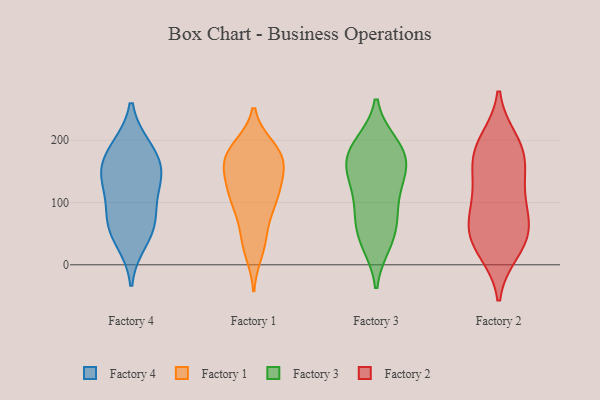
{"axis": {"x": "Market Share (%)", "y": "Value"}, "legend": ["Factory 1", "Factory 2", "Factory 3", "Factory 4"], "data": [{"x": "", "y": 38, "type": "Factory 4"}, {"x": "", "y": 128, "type": "Factory 4"}, {"x": "", "y": 137, "type": "Factory 4"}, {"x": "", "y": 187, "type": "Factory 4"}, {"x": "", "y": 82, "type": "Factory 4"}, {"x": "", "y": 150, "type": "Factory 4"}, {"x": "", "y": 72, "type": "Factory 4"}, {"x": "", "y": 154, "type": "Factory 4"}, {"x": "", "y": 59, "type": "Factory 4"}, {"x": "", "y": 188, "type": "Factory 4"}, {"x": "", "y": 145, "type": "Factory 1"}, {"x": "", "y": 184, "type": "Factory 1"}, {"x": "", "y": 153, "type": "Factory 1"}, {"x": "", "y": 21, "type": "Factory 1"}, {"x": "", "y": 188, "type": "Factory 1"}, {"x": "", "y": 93, "type": "Factory 1"}, {"x": "", "y": 107, "type": "Factory 1"}, {"x": "", "y": 179, "type": "Factory 1"}, {"x": "", "y": 118, "type": "Factory 1"}, {"x": "", "y": 111, "type": "Factory 1"}, {"x": "", "y": 183, "type": "Factory 1"}, {"x": "", "y": 168, "type": "Factory 1"}, {"x": "", "y": 168, "type": "Factory 1"}, {"x": "", "y": 155, "type": "Factory 1"}, {"x": "", "y": 116, "type": "Factory 1"}, {"x": "", "y": 81, "type": "Factory 1"}, {"x": "", "y": 39, "type": "Factory 1"}, {"x": "", "y": 40, "type": "Factory 1"}, {"x": "", "y": 157, "type": "Factory 3"}, {"x": "", "y": 35, "type": "Factory 3"}, {"x": "", "y": 186, "type": "Factory 3"}, {"x": "", "y": 39, "type": "Factory 3"}, {"x": "", "y": 193, "type": "Factory 3"}, {"x": "", "y": 78, "type": "Factory 3"}, {"x": "", "y": 148, "type": "Factory 3"}, {"x": "", "y": 62, "type": "Factory 3"}, {"x": "", "y": 122, "type": "Factory 3"}, {"x": "", "y": 93, "type": "Factory 3"}, {"x": "", "y": 143, "type": "Factory 3"}, {"x": "", "y": 186, "type": "Factory 3"}, {"x": "", "y": 174, "type": "Factory 3"}, {"x": "", "y": 155, "type": "Factory 2"}, {"x": "", "y": 57, "type": "Factory 2"}, {"x": "", "y": 186, "type": "Factory 2"}, {"x": "", "y": 107, "type": "Factory 2"}, {"x": "", "y": 185, "type": "Factory 2"}, {"x": "", "y": 38, "type": "Factory 2"}, {"x": "", "y": 35, "type": "Factory 2"}, {"x": "", "y": 115, "type": "Factory 2"}, {"x": "", "y": 160, "type": "Factory 2"}, {"x": "", "y": 23, "type": "Factory 2"}, {"x": "", "y": 80, "type": "Factory 2"}, {"x": "", "y": 198, "type": "Factory 2"}, {"x": "", "y": 63, "type": "Factory 2"}]}